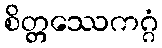
စိတ္တဿေကဂ္ဂံ